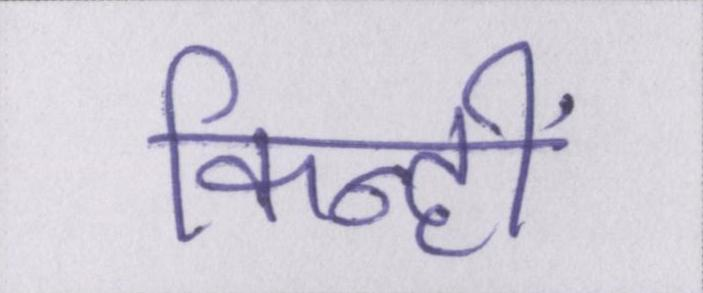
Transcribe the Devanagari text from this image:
किन्हीं